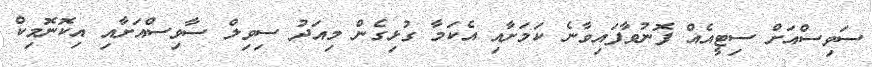
ސަވިސްއަށް ސިޓީއެއް ފޮނުވާފައިވާނެ ކަމަށާއި އެކަމާ ގުޅިގެން މިއަދު ސިވިލް ސާވިސްއަށާއި އިކޮނޮމިކް